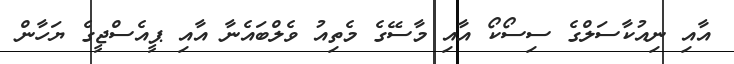
އާއި ނިއުކާސަލްގެ ސިސޯކޯ އާއި މާސޭގެ މެތިއު ވެލްބައެނާ އާއި ޕީއެސްޖީގެ ޔަހާން